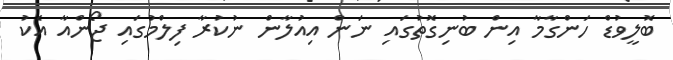
ބޮލީވުޑް ހަންގާމާ އިން ބުނިގޮތުގައި ނަން އިއުލާން ނުކުރާ ފިލްމުގައި ޖޯންއާ އެކު